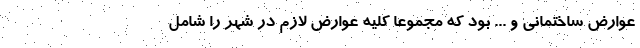
عوارض ساختمانی و ... بود که مجموعا کلیه عوارض لازم در شهر را شامل